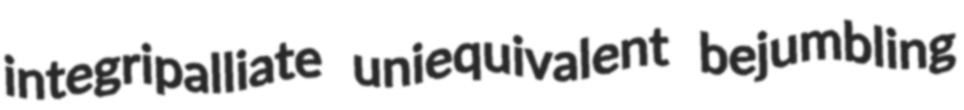
integripalliate uniequivalent bejumbling